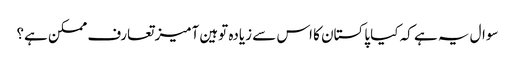
سوال یہ ہے کہ کیا پاکستان کا اس سے زیادہ توہین آمیز تعارف ممکن ہے؟